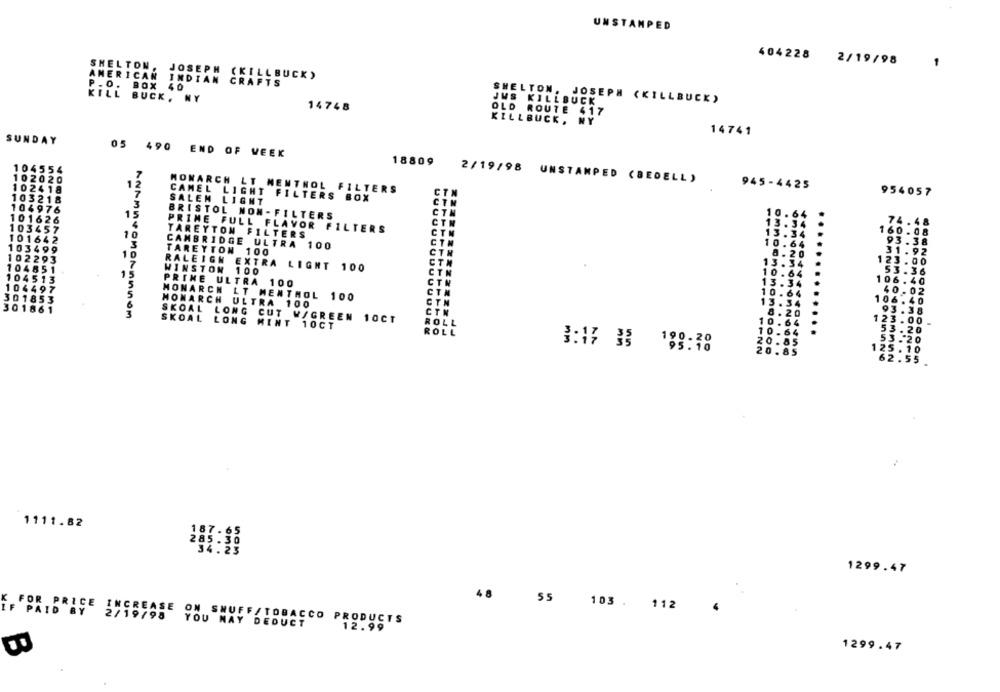
UNSTAMPED
404228 2/19/98
SHELTON
1
AMERICAN
JOSEPH (KILLBUCK)
P .O.
INDIAN CRAFTS
BOX 40
KILL
JUS
BUCK, NY
SHELTON. JOSEPH (KILLBUCK)
KILLBUCK
14748
OLD ROUTE 417
KILLBUCK, NY
14741
SUNDAY
05 490 END OF WEEK
18809
104554
102020
2/19/98 UNSTAMPED (BEDELL)
-
945-4425
102418
MONARCH LT MENTHOL FILTERS
954057
103218
CAMEL LIGHT FILTERS BOX
SALEM LIGHT
104976
BRISTOL NON-FILTERS
10.64
101626
ANAMIN
74.48
103457
PRIME FULL FLAVOR FILTERS
13.
TAREYTON FILTERS
CT
13.
160.08
101642
0 . 6
93.38
103499
CAMBRIDGE ULTRA
100
CTN
TAREYTON 100
CTN
8. 20
31.92
102293
123.00
WINSTON 100
RALEIGH EXTRA LIGHT 100
10
64
53.36
PRIME ULTRA 100
106.40
64
MONARCH LT MENTHOL 100
40.02
MONARCH ULTRA 100
13
5.4
106.40
93.38
-vemorannom
SKOAL LONG MINT 10CT
SKOAL LONG CUT W/GREEN 10CT
ROLL
123.00
ROLL
53.20
53.20
3:47 33 189:30
12
25.10
52.55
1111.82
65
285.30
34.25
1299.47
48
55
103 . 112
IF PAID BY
2/19/95
K FOR PRICE INCREASE ON SNUFF/TOBACCO PRODUCTS
YOU MAY DEDUCT
12.99
1299.47